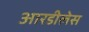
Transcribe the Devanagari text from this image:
आरडीलेस